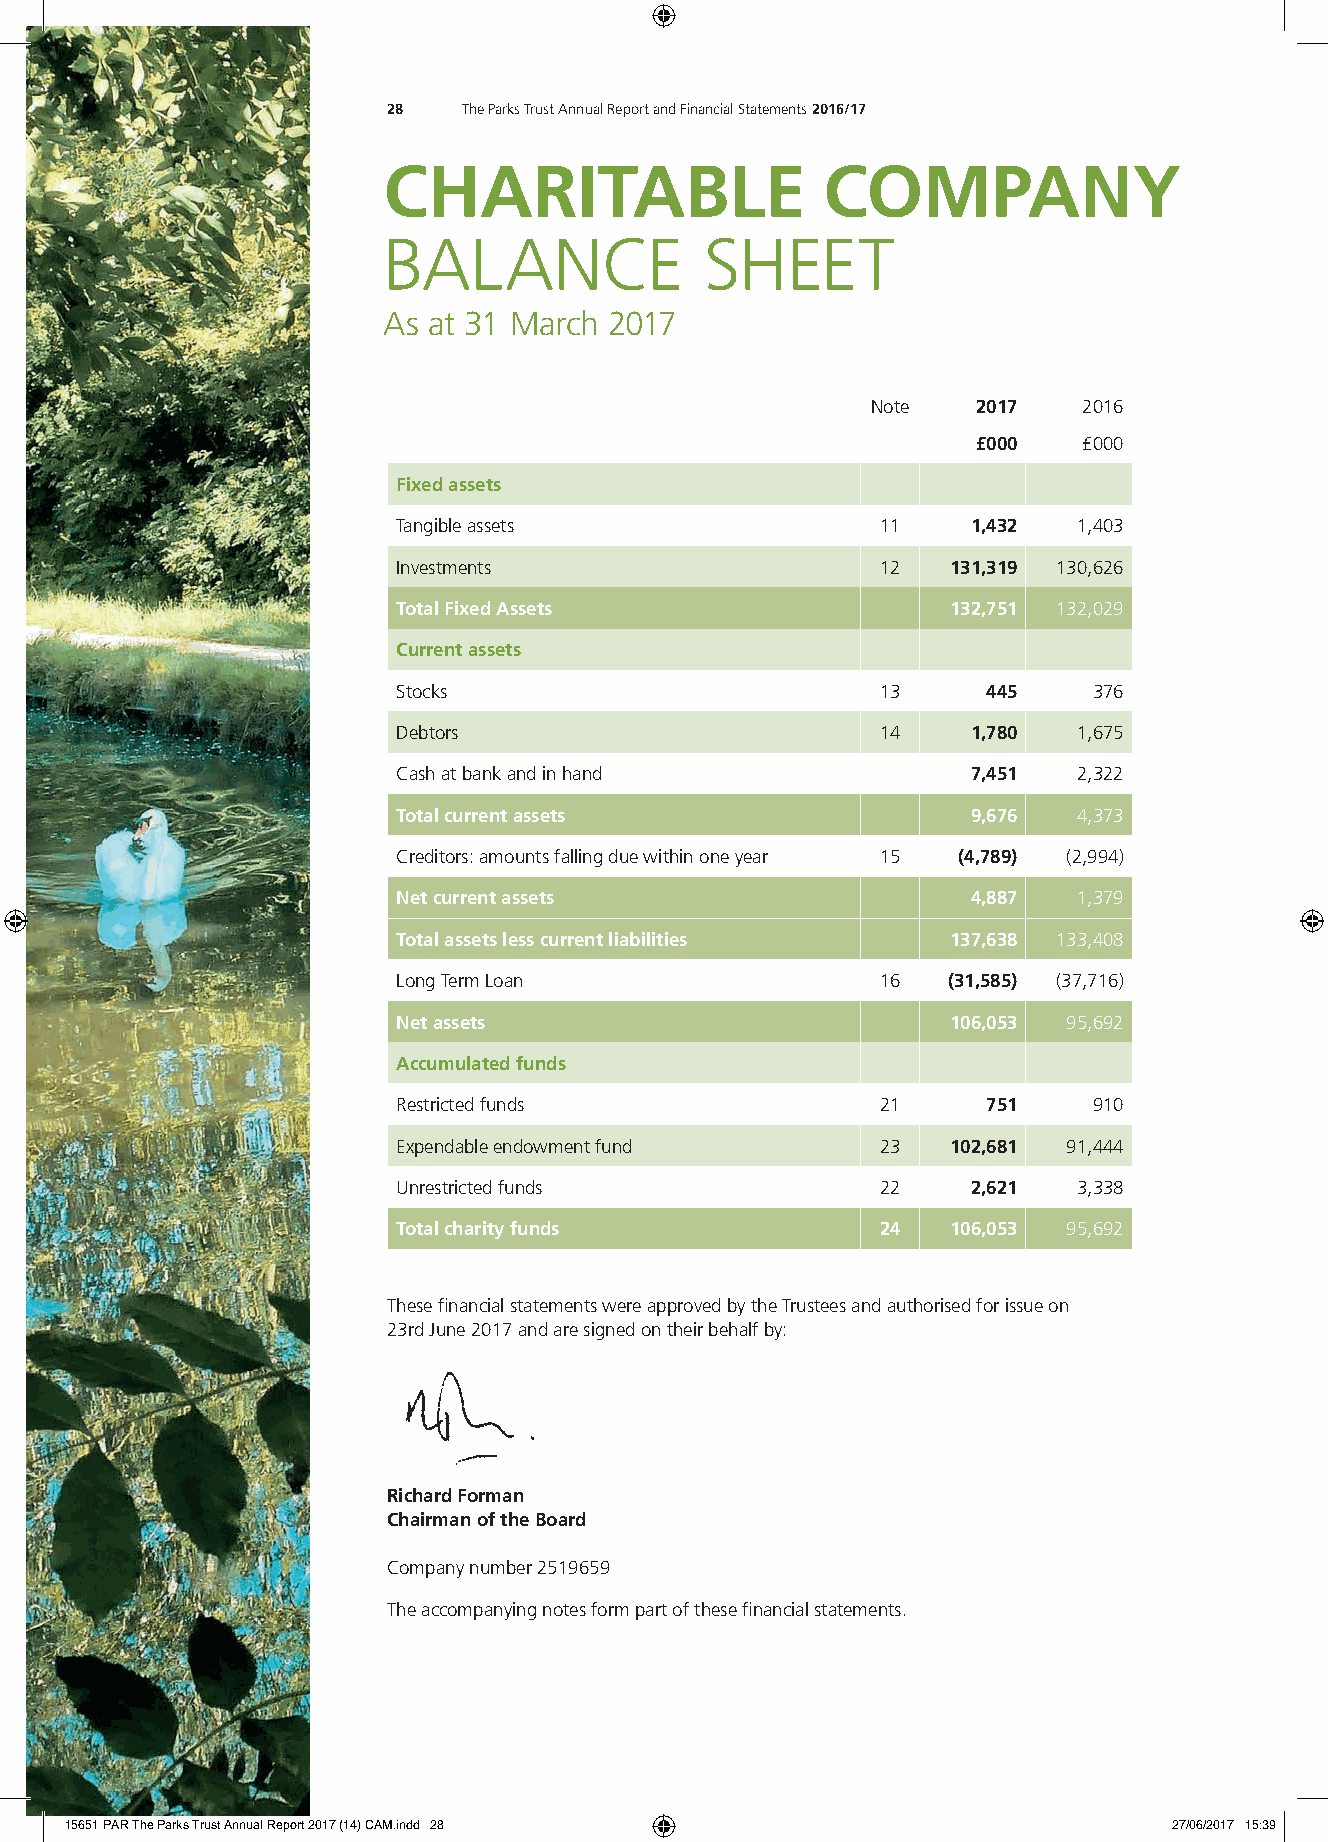
28   The Parks Trust Annual Report and Financial Statements 2016/17
 CHARITABLE                   COMPANY
 BALANCE               SHEET
 As at 31 March 2017
 Note   2017   2016
 £000   £000
 Fixed assets
 Tangible assets                 11    1,432  1,403
 Investments                     12   131,319 130,626
 Total Fixed Assets                   132,751 132,029
 Current assets
 Stocks                          13     445    376
 Debtors                         14    1,780  1,675
 Cash at bank and in hand              7,451  2,322
 Total current assets                  9,676  4,373
 Creditors: amounts falling due within one year 15 (4,789) (2,994)
 Net current assets                    4,887  1,379
 Total assets less current liabilities 137,638 133,408
 Long Term Loan                  16   (31,585) (37,716)
 Net assets                           106,053 95,692
 Accumulated funds
 Restricted funds                21     751    910
 Expendable endowment fund       23   102,681 91,444
 Unrestricted funds              22    2,621  3,338
 Total charity funds             24   106,053 95,692
 These fi nancial statements were approved by the Trustees and authorised for issue on
 23rd June 2017 and are signed on their behalf by:
 Richard Forman
 Chairman of the Board
 Company number 2519659
 The accompanying notes form part of these fi nancial statements.
 15651 PAR The Parks Trust Annual Report 2017 (14) CAM.indd 28             27/06/2017 15:39